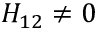
{ { H } _ { 1 2 } } \ne 0